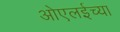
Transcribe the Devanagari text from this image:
ओएलईच्या